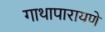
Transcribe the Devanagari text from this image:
गाथापारायणे